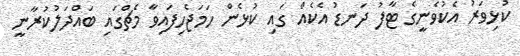
ކުޅިވަރު އެކުވެނީގެ ޓާފު ދަނޑު އެކެއްް ގައި ކުޅެން ހަމަޖެހިފައިވާ މެޗްގައި ބައްދަލުކުރާނީ